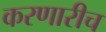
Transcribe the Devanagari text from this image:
करणारीच